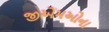
જીએમઓના